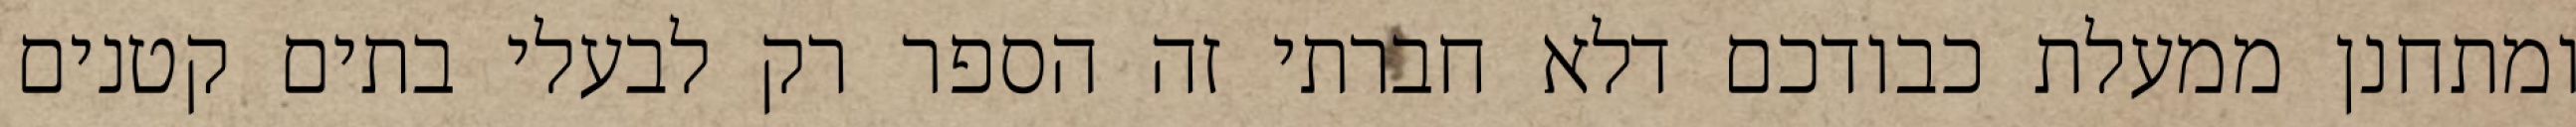
ומתחנן ממעלת כבודכם דלא חברתי זה הספר רק לבעלי בתים קטנים